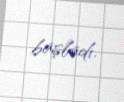
başladı.